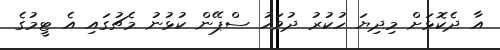
އާ ދެކޮޅަށް މިދިޔަ ހުކުރު ދުވަހު ސްޕޭން ކުޅުނު މެޗުގައި އެ ޓީމުގެ